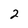
Character: 2